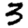
Digit: 3